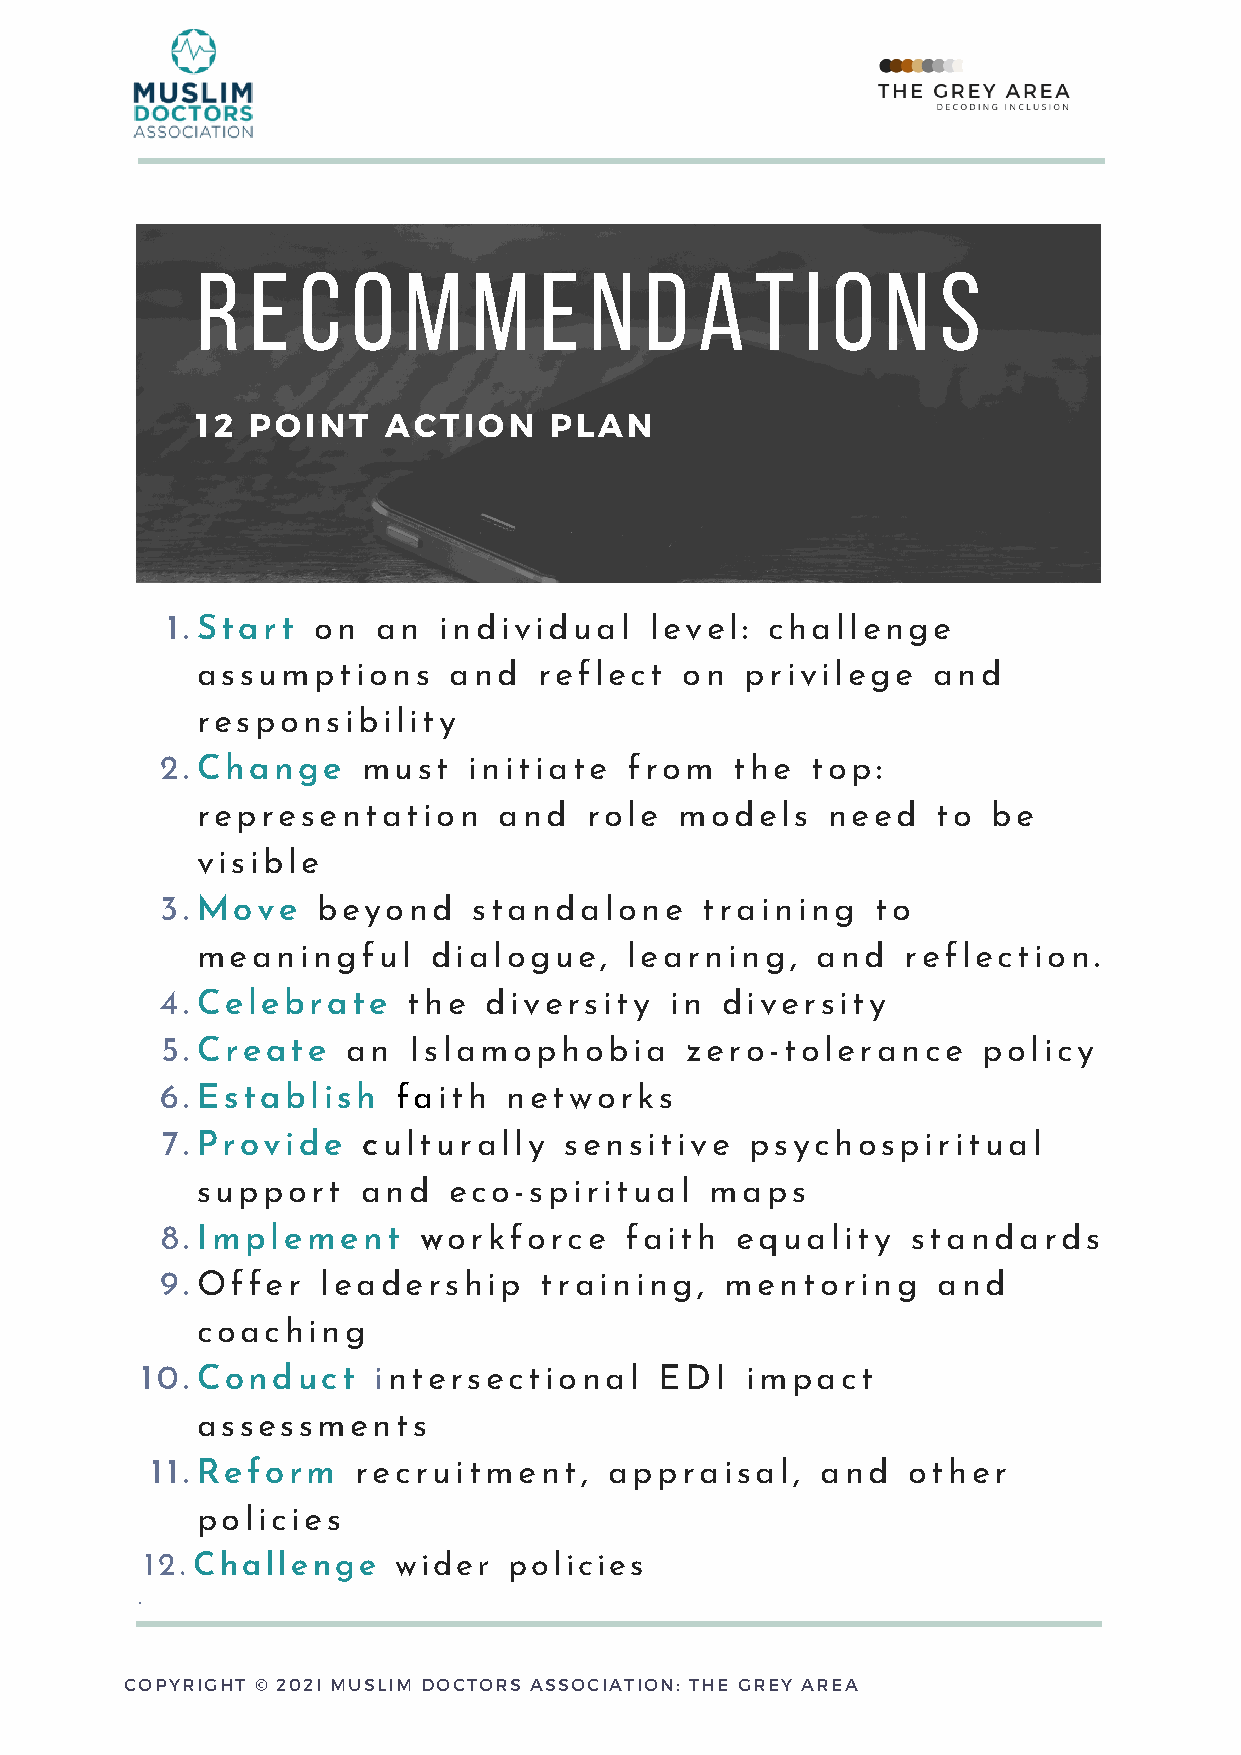
r   e  c  o   m   m    e  n   d  a   t  i o   n  s
 12 POINT    ACTION     PLAN
 1. Start  on  an  individual    level:  challenge
 assumptions      and   reflect  on  privilege    and
 responsibility
 2. Change    must   initiate   from   the  top:
 representation      and   role  models    need   to  be
 visible
 3. Move   beyond    standalone     training    to
 meaningful      dialogue,   learning,    and   reflection.
 4. Celebrate    the  diversity   in  diversity
 5. Create   an  Islamophobia      zero-tolerance      policy
 6. Establish   faith   networks
 7. Provide   culturally   sensitive    psychospiritual
 support    and   eco-spiritual    maps
 8. Implement     workforce    faith   equality   standards
 9. Offer  leadership     training,   mentoring     and
 coaching
 10. Conduct     intersectional     EDI  impact
 assessments
 11. Reform   recruitment,     appraisal,    and   other
 policies
 12. Challenge   wider   policies
 ·
 COPYRIGHT © 202I MUSLIM DOCTORS ASSOCIATION: THE GREY AREA